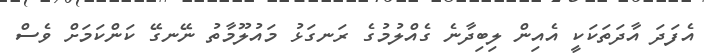
އެފަދަ އާދަތަކަކީ އެއިން ލިބިދާނެ ގެއްލުމުގެ ރަނގަޅު މައުލޫމާތު ނޭނގޭ ކަންކަމަށް ވެސް